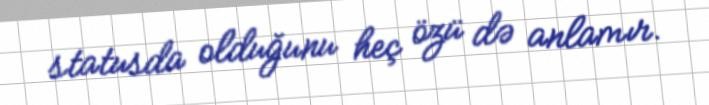
statusda olduğunu heç özü də anlamır.